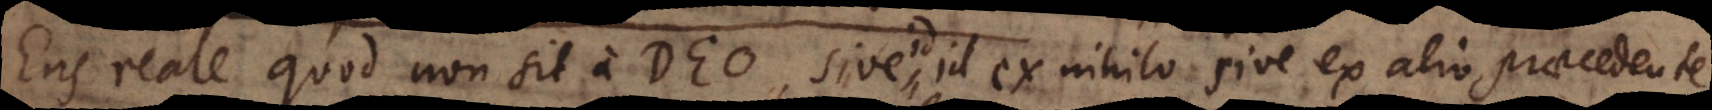
Ens reale quod non sit a Deo, sive ex nihilo sive ex alio praecedente